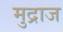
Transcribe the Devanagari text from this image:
मुद्राज